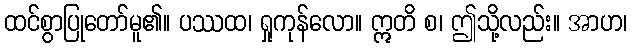
ထင်စွာပြုတော်မူ၏။ ပဿထ၊ ရှုကုန်လော။ ဣတိ စ၊ ဤသို့လည်း။ အာဟ၊